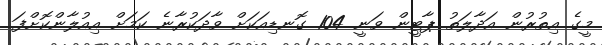
މީގެ އިތުރުން އަދާލަތު ޕާޓީން ވަނީ 104 ގޮނޑިއަކަށް ވާދަކުރާނެ ކަމަށް އިއުލާންކޮށްފަ